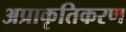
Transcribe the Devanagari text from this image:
अप्राकृतिकरण